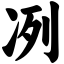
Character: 冽